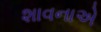
શાવનાએ